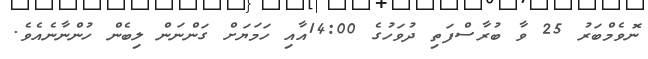
ނޮވެމްބަރު 25 ވާ ބުރާސްފަތި ދުވަހުގެ 14:00އާއި ހަމަޔަށް ގަންނަން ލިބެން ހުންނާނެއެވެ.